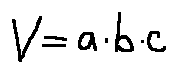
V = a \cdot b \cdot c